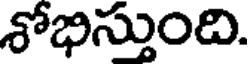
శోభిస్తుంది.